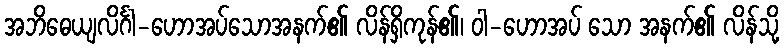
အဘိဓေယျလိင်္ဂါ-ဟောအပ်သောအနက်၏ လိန်ရှိကုန်၏၊ ဝါ-ဟောအပ် သော အနက်၏ လိန်သို့